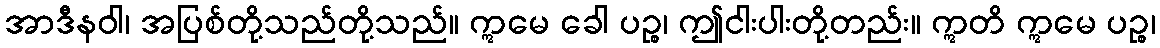
အာဒီနဝါ၊ အပြစ်တို့သည်တို့သည်။ ဣမေ ခေါ ပဉ္စ၊ ဤငါးပါးတို့တည်း။ ဣတိ ဣမေ ပဉ္စ၊